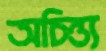
অচিন্ত্য